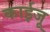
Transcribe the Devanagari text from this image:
काईजू